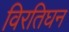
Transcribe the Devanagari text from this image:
विरतिघन